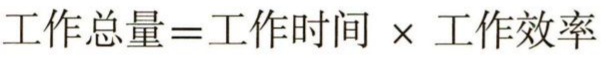
\(工作总量 = 工作时间\times工作效率\)